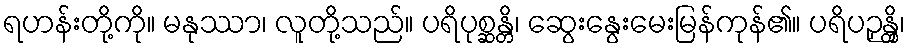
ရဟန်းတို့ကို။ မနုဿာ၊ လူတို့သည်။ ပရိပုစ္ဆန္တိ၊ ဆွေးနွေးမေးမြန်ကုန်၏။ ပရိပဉှန္တိ၊